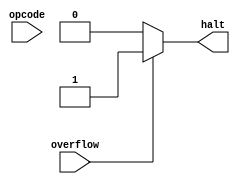
module exception(opcode,overflow,halt);
	input [3:0] opcode;
	input overflow;
	output reg halt;

	always@(*) begin
		if(opcode==4'h0 || opcode==4'h4 || opcode==4'h5 || opcode==4'h6 || opcode==4'h8 || opcode==4'hB || opcode==4'hF || opcode==4'hC) begin
			halt = 0;
		end else begin
			halt = 1;
			$display("Wrong Opcode");
		end
		if(overflow) begin
			halt = 1;
			$display("Overflow");
		end else begin
			halt = 0;
		end
	end
endmodule